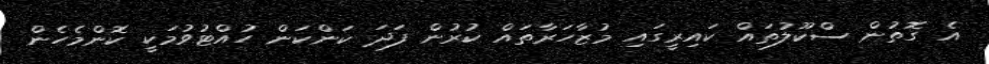
އެ ގޮތުން ސްކޫލުތައް ކައިރީގައި މުޒާހަރާތައް ކުރުން ފަދަ ކަންކަން ހުއްޓުވުމަކީ ކޮންމެހެން